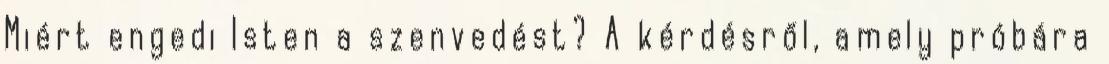
Miért engedi Isten a szenvedést? A kérdésről, amely próbára